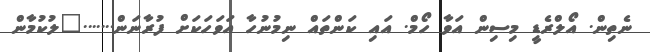
ނެތިން. އޯލްރެޑީ މިސިން އަވާ ހޯމް. އައި ކަންތައް ނިމުނުހާ އަވަހަކަށް ފުރާނަން......."ލުކުމާން